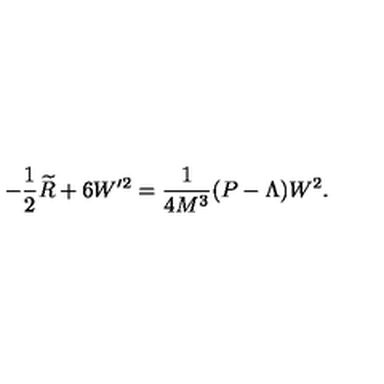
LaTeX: - \frac 1 2 \widetilde { R } + 6 W ^ { \prime 2 } = \frac 1 { 4 M ^ { 3 } } ( P - \Lambda ) W ^ { 2 } .